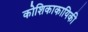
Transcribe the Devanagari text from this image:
कोशिकाकायिकी